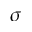
\sigma